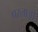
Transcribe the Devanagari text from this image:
परलाओ